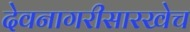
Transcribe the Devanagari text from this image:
देवनागरीसारखेच